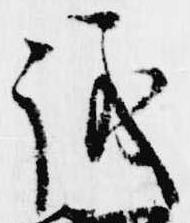
議